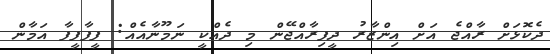
ދެކޮޅަށް ރާއްޖެ އަށް އިންޒާރު ދީފިރާއްޖޭން މި ދެއްކީ ނަމޫނާއެއް: ފީފާފީފާ އަމާން